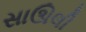
સાઊલી